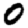
Digit: 0